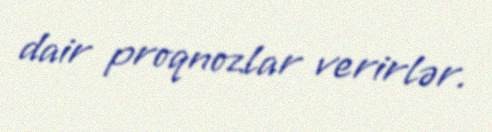
dair proqnozlar verirlər.